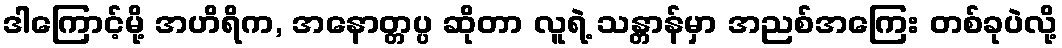
ဒါကြောင့်မို့ အဟိရိက, အနောတ္တပ္ပ ဆိုတာ လူရဲ့ သန္တာန်မှာ အညစ်အကြေး တစ်ခုပဲလို့